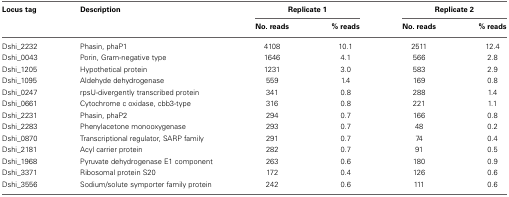
<table><thead><tr><td><b>Locus tag</b></td><td><b>Description</b></td><td colspan="2"><b>Replicate 1</b></td><td colspan="2"><b>Replicate 2</b></td></tr><tr><td></td><td></td><td><b>No. reads</b></td><td><b>% reads</b></td><td><b>No. reads</b></td><td><b>% reads</b></td></tr></thead><tbody><tr><td>Dshi_2232</td><td>Phasin, phaP1</td><td>4108</td><td>10.1</td><td>2511</td><td>12.4</td></tr><tr><td>Dshi_0043</td><td>Porin, Gram-negative type</td><td>1646</td><td>4.1</td><td>566</td><td>2.8</td></tr><tr><td>Dshi_1205</td><td>Hypothetical protein</td><td>1231</td><td>3.0</td><td>583</td><td>2.9</td></tr><tr><td>Dshi_1095</td><td>Aldehyde dehydrogenase</td><td>559</td><td>1.4</td><td>169</td><td>0.8</td></tr><tr><td>Dshi_0247</td><td>rpsU-divergently transcribed protein</td><td>341</td><td>0.8</td><td>288</td><td>1.4</td></tr><tr><td>Dshi_0661</td><td>Cytochrome c oxidase, cbb3-type</td><td>316</td><td>0.8</td><td>221</td><td>1.1</td></tr><tr><td>Dshi_2231</td><td>Phasin, phaP2</td><td>294</td><td>0.7</td><td>166</td><td>0.8</td></tr><tr><td>Dshi_2283</td><td>Phenylacetone monooxygenase</td><td>293</td><td>0.7</td><td>48</td><td>0.2</td></tr><tr><td>Dshi_0870</td><td>Transcriptional regulator, SARP family</td><td>291</td><td>0.7</td><td>74</td><td>0.4</td></tr><tr><td>Dshi_2181</td><td>Acyl carrier protein</td><td>282</td><td>0.7</td><td>91</td><td>0.5</td></tr><tr><td>Dshi_1968</td><td>Pyruvate dehydrogenase E1 component</td><td>263</td><td>0.6</td><td>180</td><td>0.9</td></tr><tr><td>Dshi_3371</td><td>Ribosomal protein S20</td><td>172</td><td>0.4</td><td>126</td><td>0.6</td></tr><tr><td>Dshi_3556</td><td>Sodium/solute symporter family protein</td><td>242</td><td>0.6</td><td>111</td><td>0.6</td></tr></tbody></table>